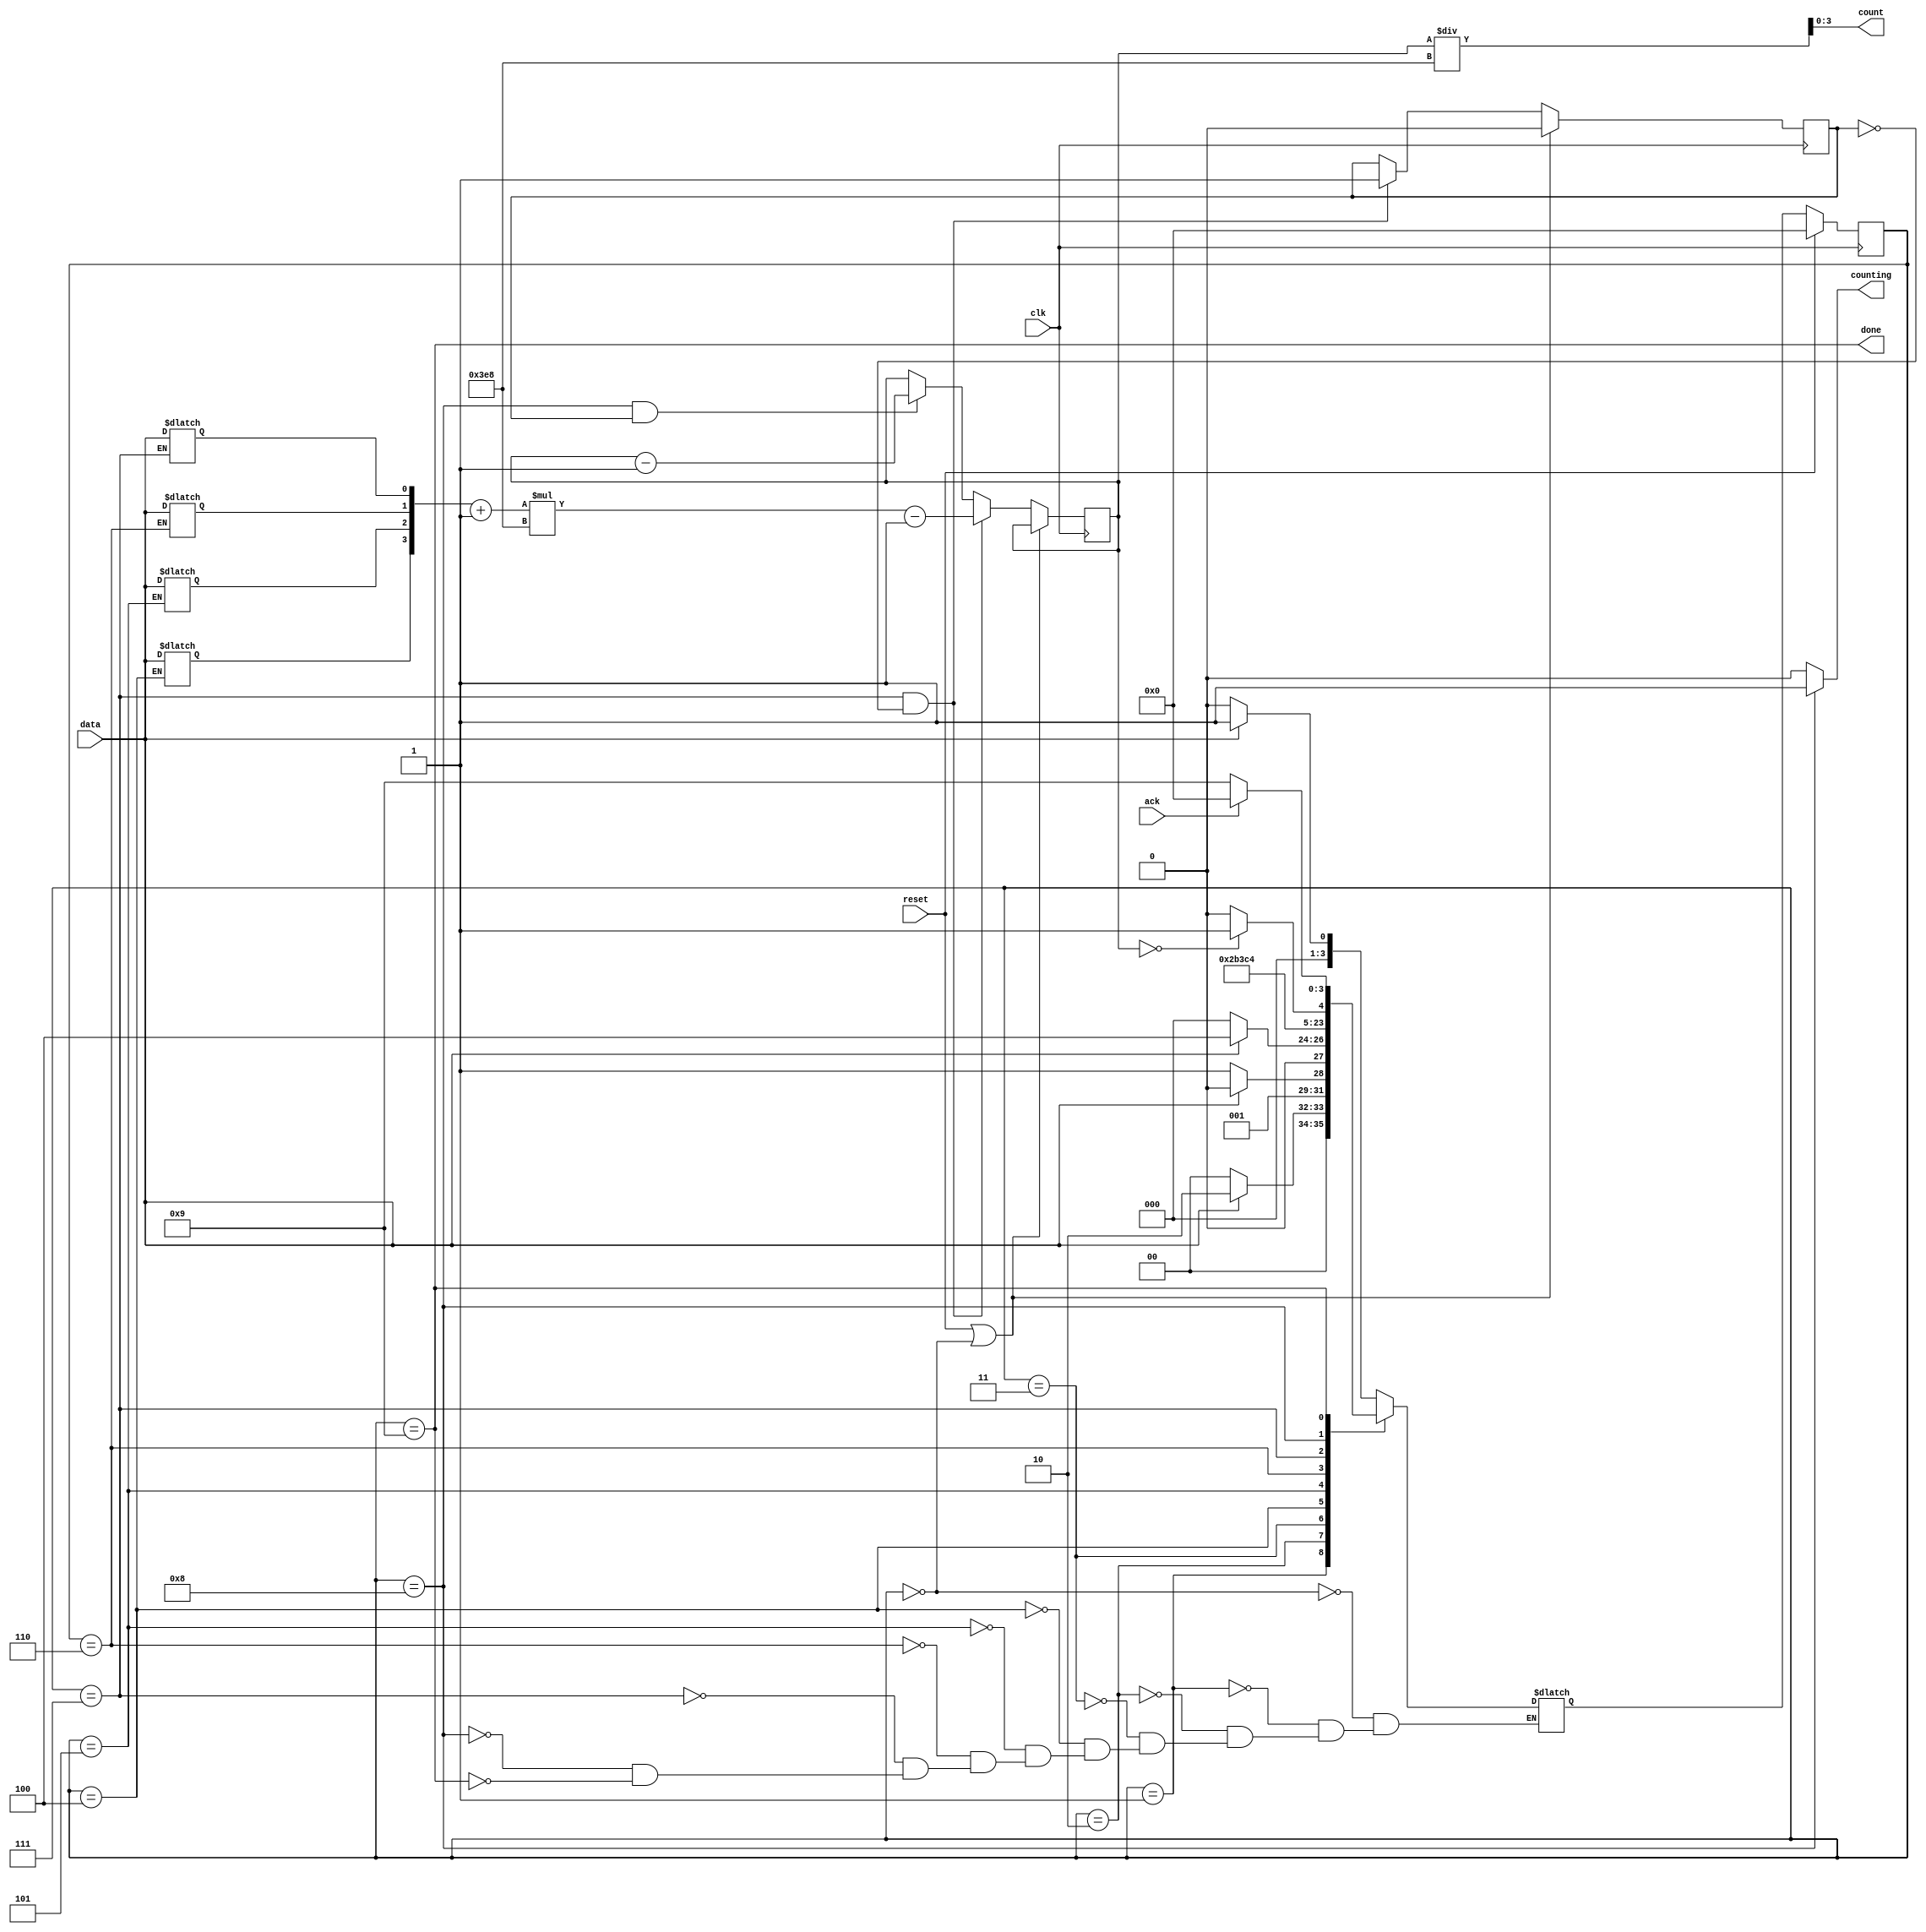
module top_module (
    input clk,
    input reset,      // Synchronous reset
    input data,
    output [3:0] count,
    output counting,
    output done,
    input ack );
	
	parameter S = 0, S1 = 1, S11 = 2, S110 = 3, B0 = 4, B1 = 5, B2 = 6, B3 = 7, COUNT = 8, WAIT = 9;
	
	reg [3:0] m_count;
	reg [13:0] cnt;//(m_count + 1) * 1000
	reg flag;
	reg[3:0] state, next_state;
	
	always@(posedge clk)begin
		if(reset)
			state <= S;
		else 
			state <= next_state;
	end
	
	always@(*)begin
		case(state)
			S : next_state = data ? S1 : S;
			S1 : next_state = data ? S11 : S;
			S11 : next_state = data ? S11 : S110;
			S110 : next_state = data ? B0 : S;
			B0 : next_state = B1;
			B1 : next_state = B2;
			B2 : next_state = B3;
			B3 : next_state = COUNT;
			COUNT : next_state = cnt == 0 ? WAIT : COUNT;
			WAIT : next_state = ack ? S : WAIT;
		endcase
	end
	
	always@(*)begin
		/*if(reset) m_count <= 0;
		else begin*/
			case(state)
				B0 : m_count[3] <= data;
				B1 : m_count[2] <= data;
				B2 : m_count[1] <= data;
				B3 : m_count[0] <= data;
			endcase
		//end
	end

	always@(posedge clk)begin
		if(reset || state == S)
			flag <= 0;
		else if(state == B3 && !flag)begin
			cnt <= (m_count + 1) * 1000 - 1;
			flag <= 1;
		end
		else if(state == COUNT && flag)
			cnt <= cnt - 1;
	end
	
	assign counting = state == COUNT ? 1 : 0;
	assign done = state == WAIT;
	assign count = cnt / 1000;
	
endmodule